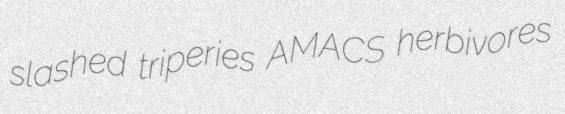
slashed triperies AMACS herbivores